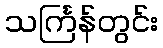
သင်္ကြန်တွင်း